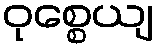
ဝုစ္စေယျ